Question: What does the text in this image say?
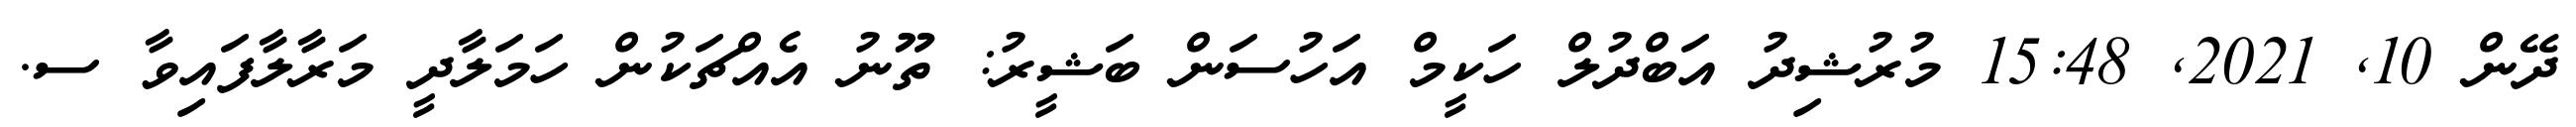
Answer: ދޭން 10, 2021, 15:48 މުރުޝިދު އަބްދުލް ހަކީމް އަހުސަން ބަޝީރު: ތޫނު އެއްޗަކުން ހަމަލާދީ މަރާލާފައިވާ ސ.